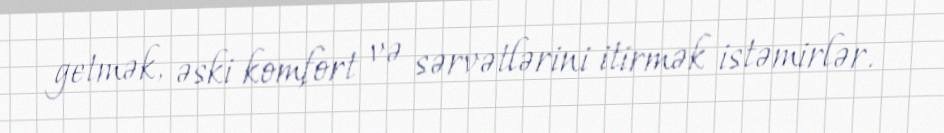
getmək, əski komfort və sərvətlərini itirmək istəmirlər.